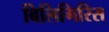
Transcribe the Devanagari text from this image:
बिलिगिरिस